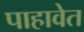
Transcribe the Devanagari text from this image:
पाहावेत